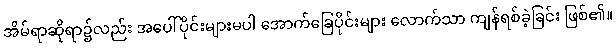
အိမ်ရာဆိုရာ၌လည်း အပေါ်ပိုင်းများမပါ အောက်ခြေပိုင်းများ လောက်သာ ကျန်ရစ်ခဲ့ခြင်း ဖြစ်၏။